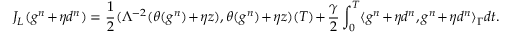
J _ { L } ( g ^ { n } + \eta d ^ { n } ) = \frac { 1 } { 2 } ( \Lambda ^ { - 2 } ( \theta ( g ^ { n } ) + \eta z ) , \theta ( g ^ { n } ) + \eta z ) ( T ) + \frac { \gamma } { 2 } \int _ { 0 } ^ { T } \langle g ^ { n } + \eta d ^ { n } , g ^ { n } + \eta d ^ { n } \rangle _ { \Gamma } d t .